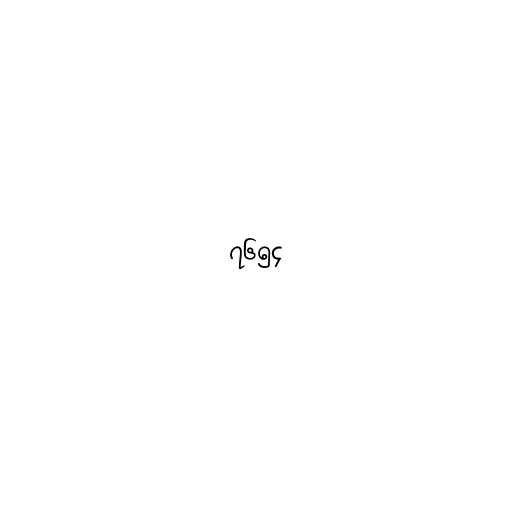
၇၆၅၄